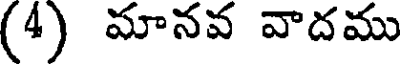
(4) మానవ వాదము